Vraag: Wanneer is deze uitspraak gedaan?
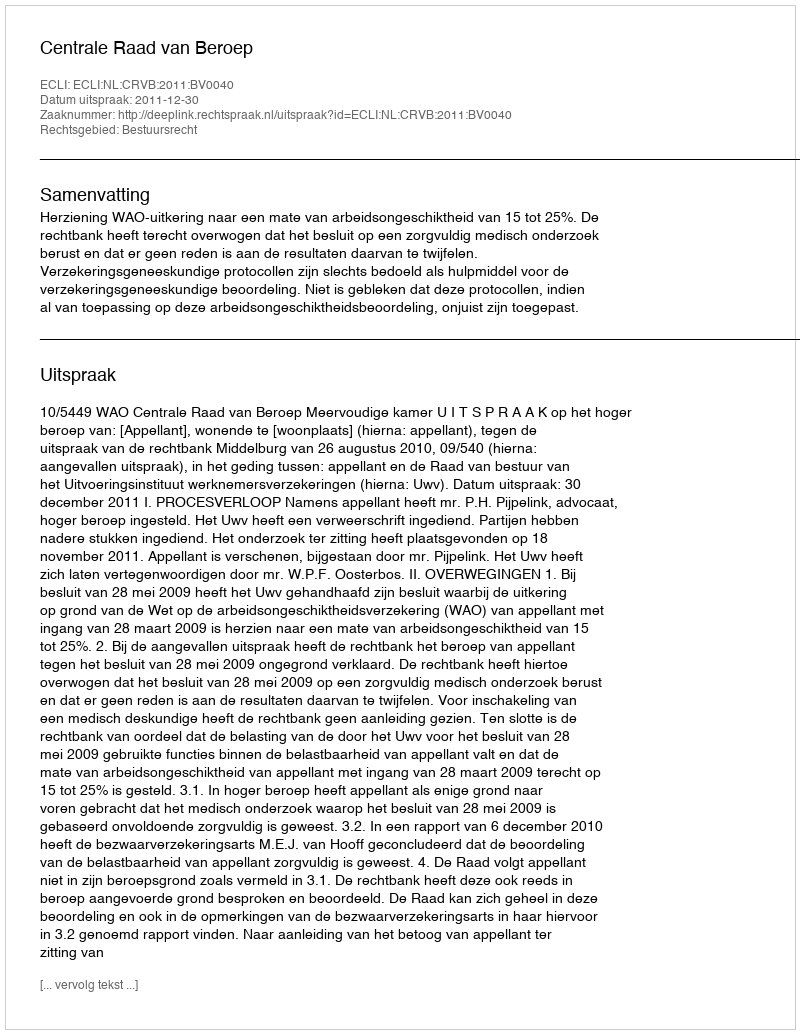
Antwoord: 2011-12-30